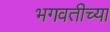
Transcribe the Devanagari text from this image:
भगवतीच्या